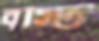
বৃস্টি